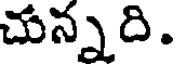
చున్నది.